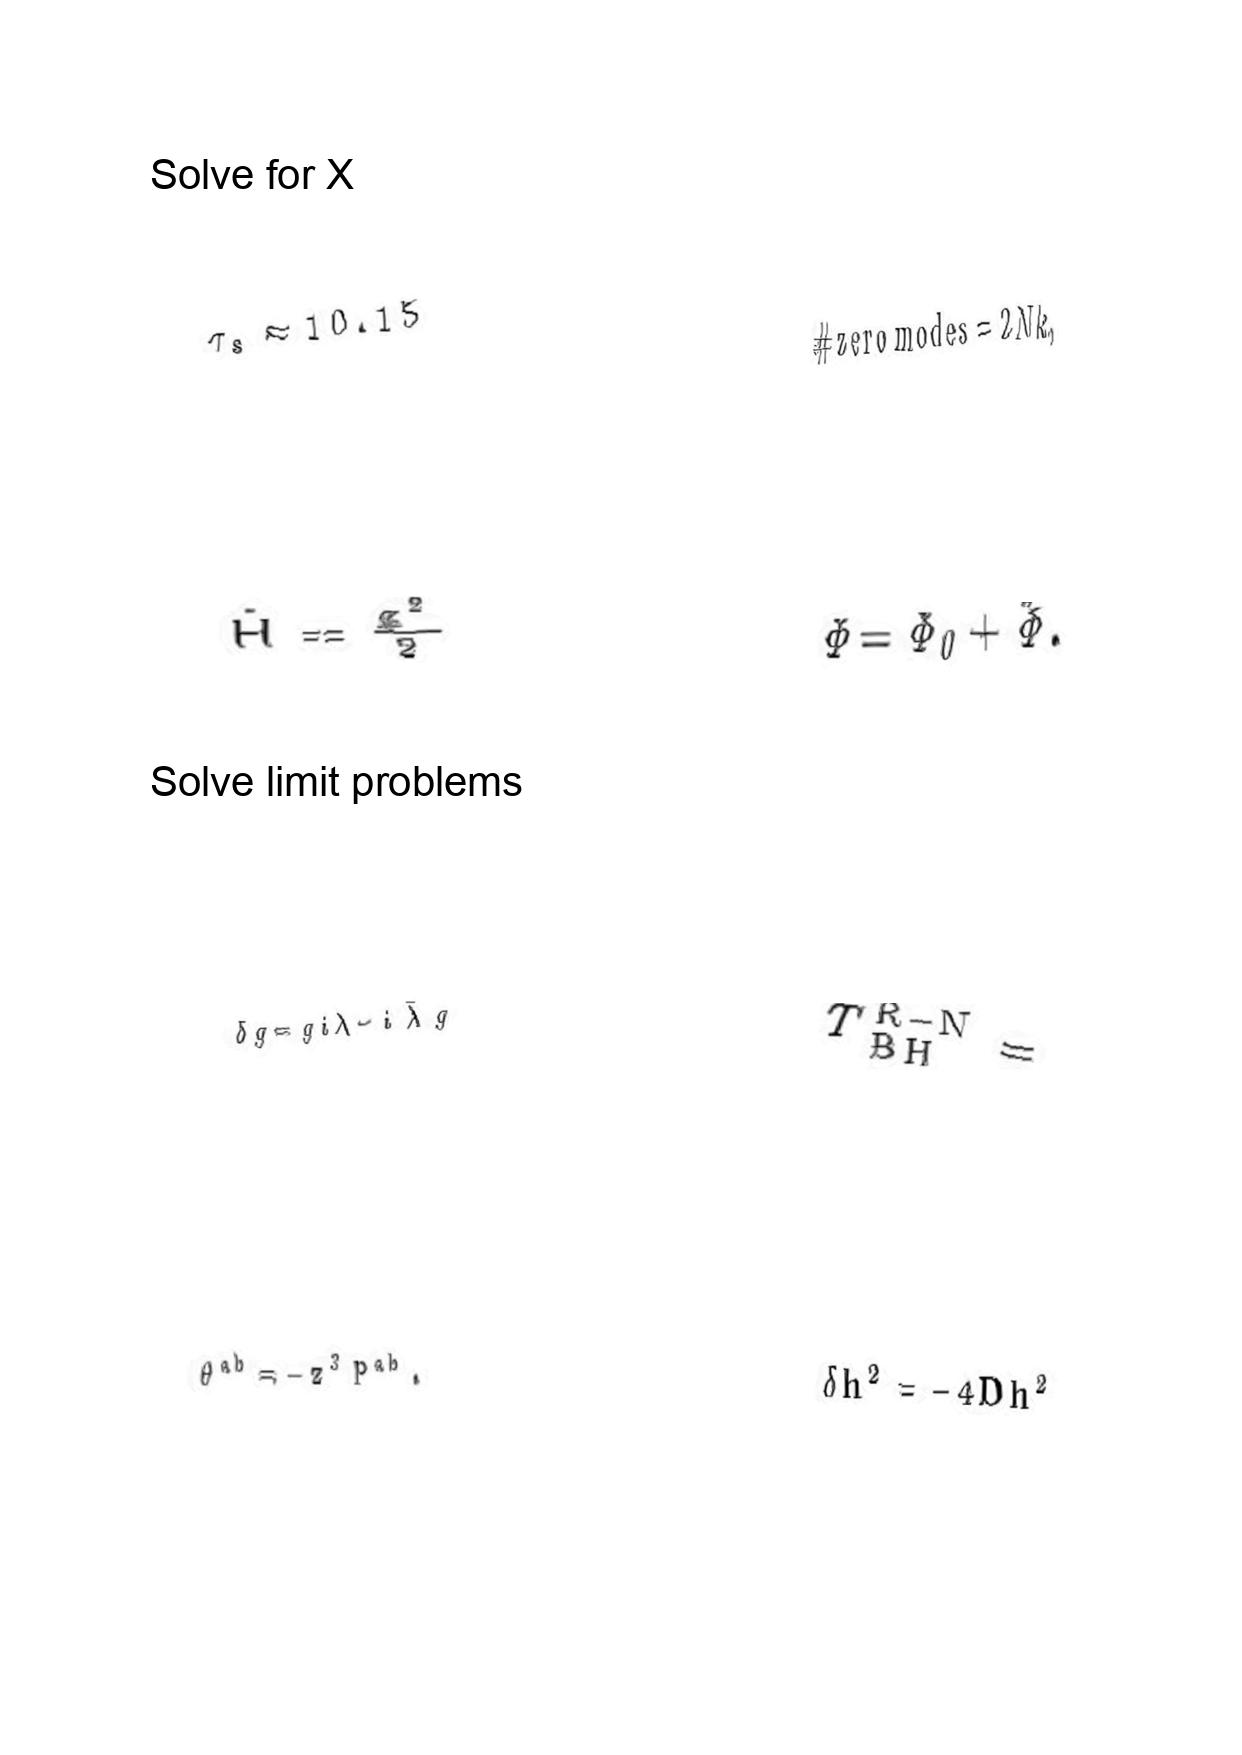
LaTeX transcription:
\tau _ { s } \approx 1 0 . 1 5
\hat { H } = \frac { g ^ { 2 } } { 2 }
\delta g = g i \lambda - i \bar { \lambda } g
\theta ^ { a b } = - z ^ { 3 } P ^ { a b } .
\# \mathrm { z e r o \space m o d e s } = 2 N k ,
\Phi = \Phi _ { 0 } + \tilde { \Phi } .
T _ { \mathrm { B H } } ^ { \mathrm { R - N } } =
\delta h ^ { 2 } = - 4 D h ^ { 2 }